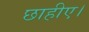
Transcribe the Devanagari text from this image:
छाहीए।